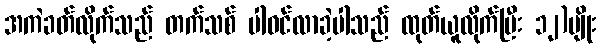
အကဲခတ်လိုက်သည် တက်သစ် ပါဝင်လာခဲ့ပါသည် ထုတ်ယူလိုက်ပြီး ၁၂)မျိုး